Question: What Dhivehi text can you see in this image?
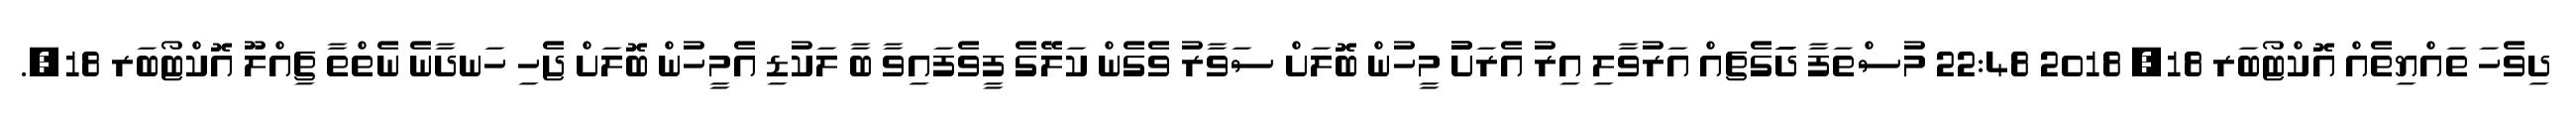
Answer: ދިވެހަ ތައްޔިތެއް އޮކްޓޯބަރ 18, 2018 22:48 މުސްތަފާ ދަަަަަަަގެޗއް އަރުވާލި އިރު އެރަށުު މީހުން ބޮލަށް ސަވާރު ވެގެން ކަލޭގެ ފީވެފައިވާ ބާ ލަކުޑި އެމީހުން ބޮލަށް ޖެހި ހަނދާނެ ނެތްތާ ޗިއްލޫ އޮކްޓޯބަރ 18,.